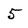
Character: 5